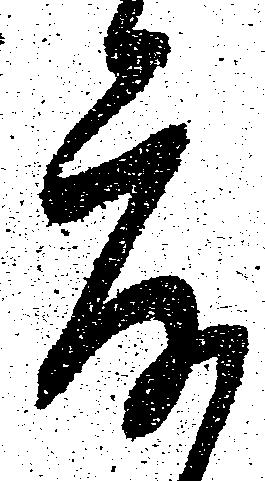
度